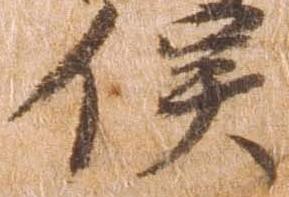
俣